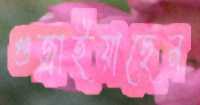
গুজ্‌রাইয়াছেন